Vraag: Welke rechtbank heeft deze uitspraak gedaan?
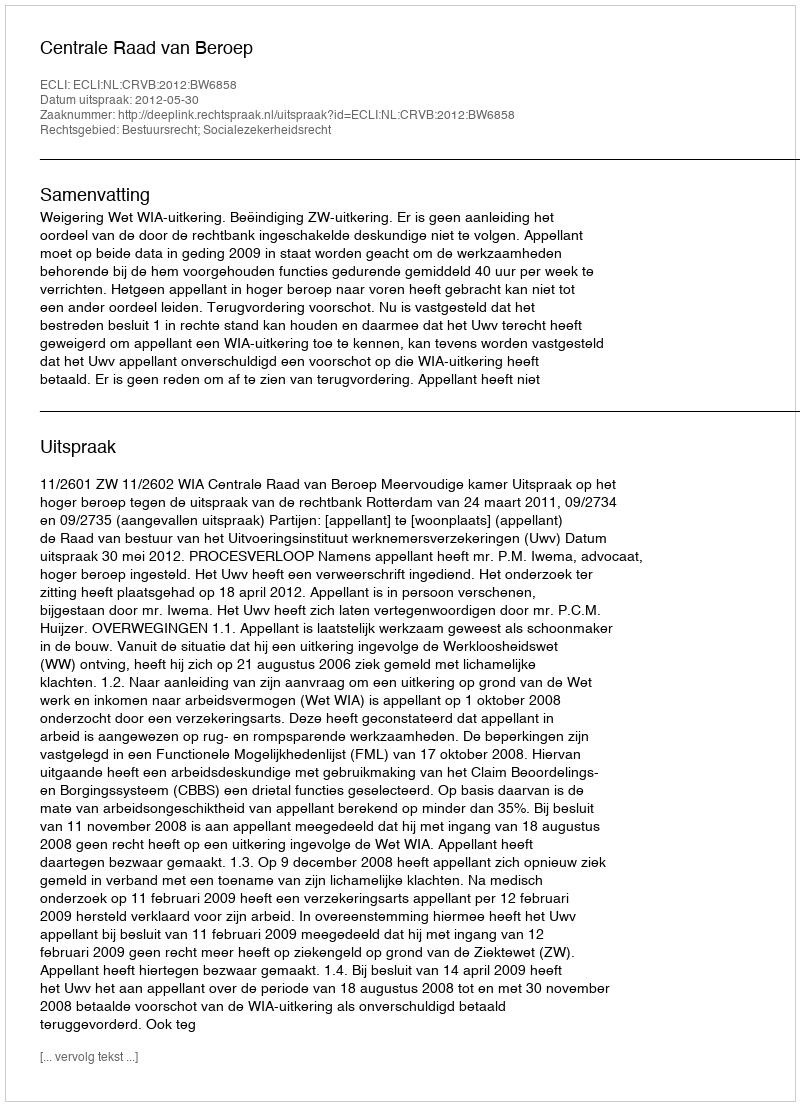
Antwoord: Centrale Raad van Beroep